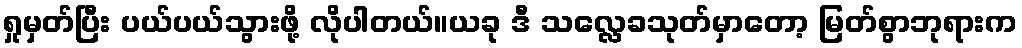
ရှုမှတ်ပြီး ပယ်ပယ်သွားဖို့ လိုပါတယ်။ယခု ဒီ သလ္လေခသုတ်မှာတော့ မြတ်စွာဘုရားက